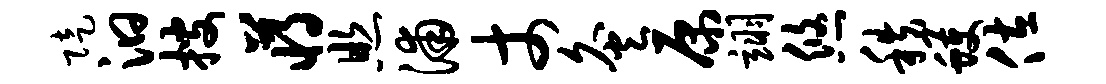
陡汩搜蒋照浦丈灸原翊悠秩蠖佐